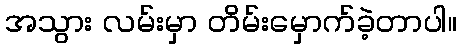
အသွား လမ်းမှာ တိမ်းမှောက်ခဲ့တာပါ။